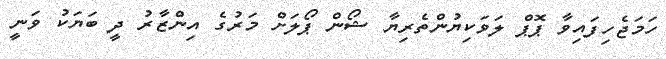
ހަމަޖެހިފައިވާ ޕޮޕް ލަވަކިޔުންތެރިޔާ ޝޯން ޕޯލަށް މަރުގެ އިންޒާރު ދީ ބަޔަކު ވަނީ